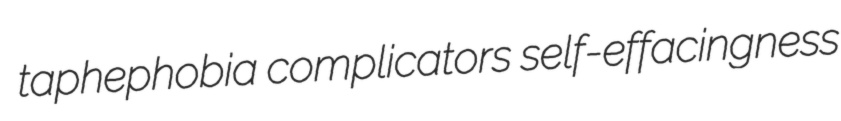
taphephobia complicators self-effacingness